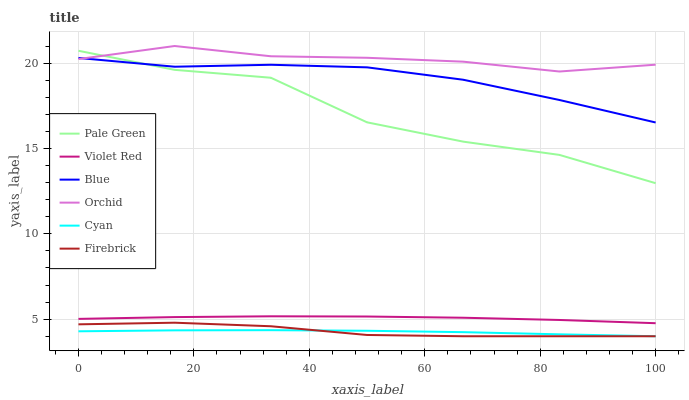
| xaxis_label | Pale Green | Violet Red | Blue | Orchid | Cyan | Firebrick |
 | --- | --- | --- | --- | --- | --- | --- |
 | 0 | 20.7 | 5.02 | 20.3 | 20.2 | 4.29 | 4.7 |
 | 16.7 | 19.6 | 5.12 | 19.8 | 21 | 4.35 | 4.79 |
 | 33.3 | 19.1 | 5.17 | 19.9 | 20.4 | 4.36 | 4.59 |
 | 50 | 16.5 | 5.16 | 19.8 | 20.3 | 4.32 | 4.07 |
 | 66.7 | 15.4 | 5.08 | 19 | 20.1 | 4.24 | 4 |
 | 83.3 | 14.6 | 4.95 | 17.8 | 19.5 | 4.11 | 4 |
 | 100 | 13 | 4.76 | 16.5 | 19.9 | 4 | 4 |